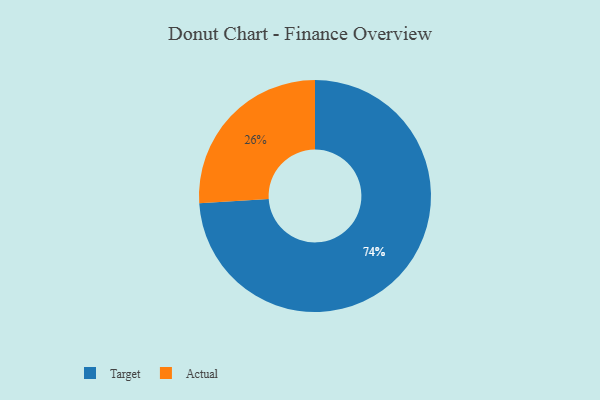
{"axis": {"x": "Category", "y": "Percentage"}, "legend": ["Actual", "Target"], "data": [{"x": "Actual", "y": 26, "type": "Actual"}, {"x": "Target", "y": 74, "type": "Target"}]}